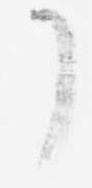
了